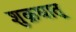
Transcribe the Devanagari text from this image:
शुक्रधातू